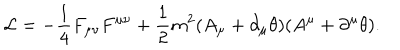
LaTeX: { \cal L } = - \frac { 1 } { 4 } F _ { \mu \nu } F ^ { \mu \nu } + \frac { 1 } { 2 } m ^ { 2 } ( A _ { \mu } + \partial _ { \mu } \theta ) ( A ^ { \mu } + \partial ^ { \mu } \theta ) .